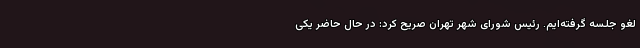
لغو جلسه گرفته‌ایم. رئیس شورای شهر تهران صریح کرد: در حال حاضر یکی